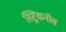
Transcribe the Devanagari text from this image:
स्ट्रिकनोस